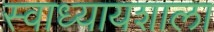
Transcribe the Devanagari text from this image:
स्वाध्यायशाला